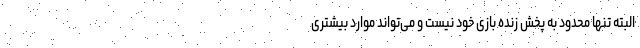
البته تنها محدود به پخش زنده بازی خود نیست و می‌تواند موارد بیشتری